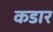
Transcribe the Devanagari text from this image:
कडार